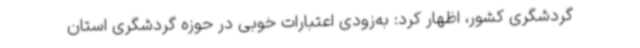
گردشگری کشور، اظهار کرد: به‌زودی اعتبارات خوبی در حوزه گردشگری استان